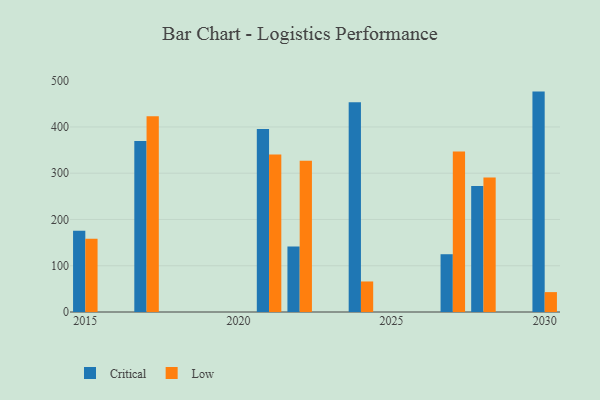
{"axis": {"x": "Year", "y": "Gross Profit (USD K)"}, "legend": ["Critical", "Low"], "data": [{"x": "2027", "y": 124.9, "type": "Critical"}, {"x": "2027", "y": 346.9, "type": "Low"}, {"x": "2015", "y": 175.8, "type": "Critical"}, {"x": "2015", "y": 158.2, "type": "Low"}, {"x": "2030", "y": 476.4, "type": "Critical"}, {"x": "2030", "y": 43.0, "type": "Low"}, {"x": "2024", "y": 453.4, "type": "Critical"}, {"x": "2024", "y": 66.0, "type": "Low"}, {"x": "2021", "y": 395.6, "type": "Critical"}, {"x": "2021", "y": 340.6, "type": "Low"}, {"x": "2028", "y": 272.4, "type": "Critical"}, {"x": "2028", "y": 290.6, "type": "Low"}, {"x": "2017", "y": 369.8, "type": "Critical"}, {"x": "2017", "y": 422.9, "type": "Low"}, {"x": "2022", "y": 141.4, "type": "Critical"}, {"x": "2022", "y": 326.8, "type": "Low"}]}